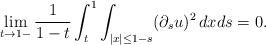
LaTeX: \begin{align*}\lim_{t\to1-}\frac{1}{1-t}\int_t^1\int_{|x|\leq 1-s}(\partial_su)^2\,dxds=0.\end{align*}